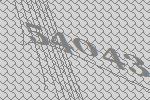
54043